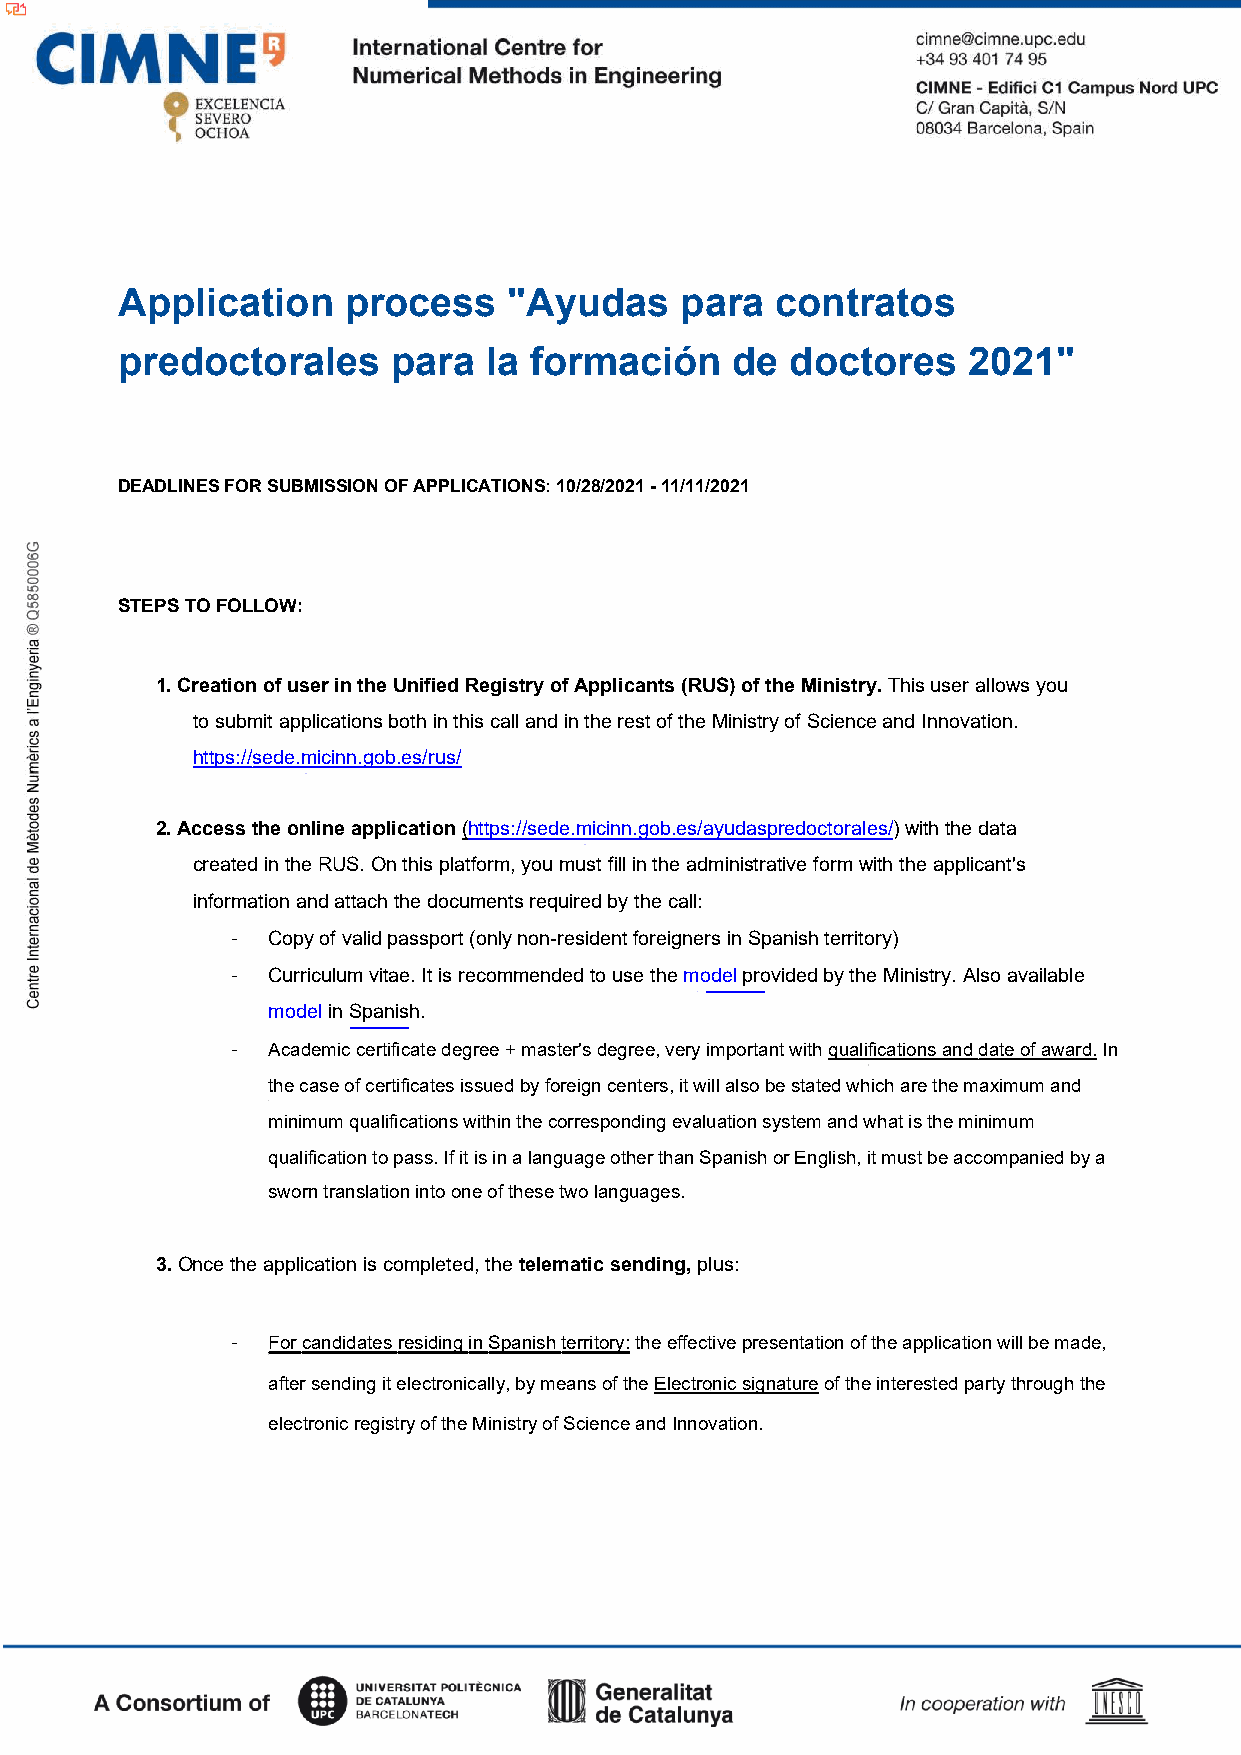
Application    process    "Ayudas    para  contratos
 predoctorales     para  la formación    de  doctores    2021"
 DEADLINES FOR SUBMISSION OF APPLICATIONS: 10/28/2021 - 11/11/2021
 STEPS TO FOLLOW:
 1. Creation of user in the Unified Registry of Applicants (RUS) of the Ministry. This user allows you
 to submit applications both in this call and in the rest of the Ministry of Science and Innovation.
 https://sede.micinn.gob.es/rus/
 2. Access the online application (https://sede.micinn.gob.es/ayudaspredoctorales/) with the data
 created in the RUS. On this platform, you must fill in the administrative form with the applicant's
 information and attach the documents required by the call:
 -  Copy of valid passport (only non-resident foreigners in Spanish territory)
 -  Curriculum vitae. It is recommended to use the model provided by the Ministry. Also available
 model in Spanish.
 -  Academic certificate degree + master's degree, very important with qualifications and date of award. In
 the case of certificates issued by foreign centers, it will also be stated which are the maximum and
 minimum qualifications within the corresponding evaluation system and what is the minimum
 qualification to pass. If it is in a language other than Spanish or English, it must be accompanied by a
 sworn translation into one of these two languages.
 3.Once the application is completed, the telematic sending, plus:
 -  For candidates residing in Spanish territory: the effective presentation of the application will be made,
 after sending it electronically, by means of the Electronic signature of the interested party through the
 electronic registry of the Ministry of Science and Innovation.